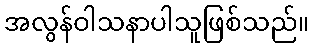
အလွန်ဝါသနာပါသူဖြစ်သည်။